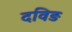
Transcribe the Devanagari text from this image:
दविड़